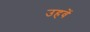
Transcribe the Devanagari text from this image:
उहवें